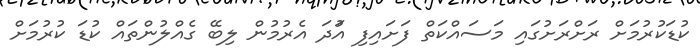
ކުޑަކުރުމަށް ރަށްރަށުގައި މަސައްކަތް ފަށައިފި އުަދަ އެރުމުން ލިބޭ ގެއްލުންތައް ކުޑަ ކުރުމަށް